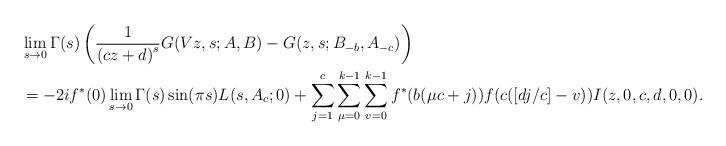
LaTeX: \begin{align*}& \lim_{s\rightarrow0}\Gamma(s)\left( \frac{1}{\left( cz+d\right) ^{s}}G(Vz,s;A,B)-G(z,s;B_{-b},A_{-c})\right) \\& =-2if^{\ast}(0)\lim_{s\rightarrow0}\Gamma(s)\sin(\pi s)L(s,A_{c};0)+\sum\limits_{j=1}^{c}\sum\limits_{\mu=0}^{k-1}\sum\limits_{v=0}^{k-1}f^{\ast}(b(\mu c+j))f(c(\left[ dj/c\right]-v))I(z,0,c,d,0,0).\end{align*}